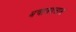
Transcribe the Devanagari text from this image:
बचावदलास